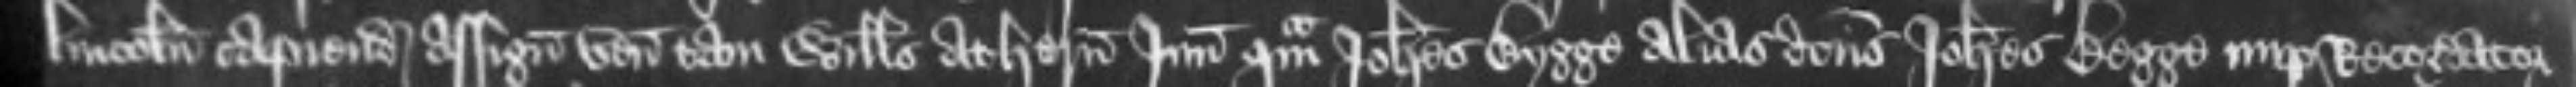
Lincolnie capiendas assignatis venerunt tam Willelmus Athern Junior quam Johannes Bygge alias dictus Johannes Begge nuper Recordator